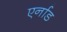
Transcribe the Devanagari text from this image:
एर्नाड